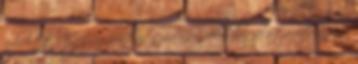
adódott. Egy 12 pontos szöveges példában felírta helyesen a